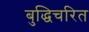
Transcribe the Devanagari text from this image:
बुद्धिचरित